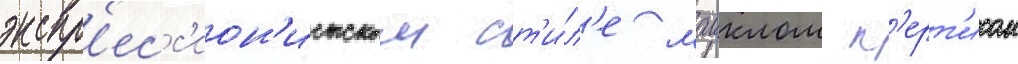
экспр'есс'ион'истском ст'и́л'е маиклом к'ерт'исом